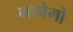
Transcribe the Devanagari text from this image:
नानेमो